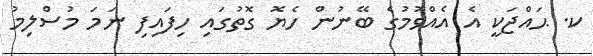
ކ. ޙައްޖަކީ އެ އެއްވުމުގެ ބޭނުން ހެޔޮ ގޮތުގައި ހިފައިފި ނަމަ މުސްލިމު